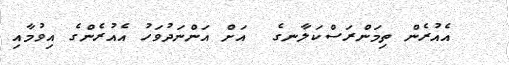
އެއުރެން ތިމަންރަސްކަލާނގެ  އަށް އަންނަދުވަހު އެއުރެންގެ އިވުމާއި